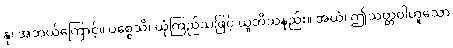
နု၊ အဘယ်ကြောင့်။ ပစ္စေသိ၊ ယုံကြည်သဖြင့် ယူဘိသနည်း။ အယံ၊ ဤသတ္တဝါဟူသော